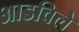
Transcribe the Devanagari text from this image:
आडविले